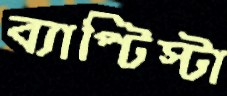
ব্যাপ্টিস্টা